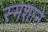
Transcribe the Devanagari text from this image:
स्मशाने